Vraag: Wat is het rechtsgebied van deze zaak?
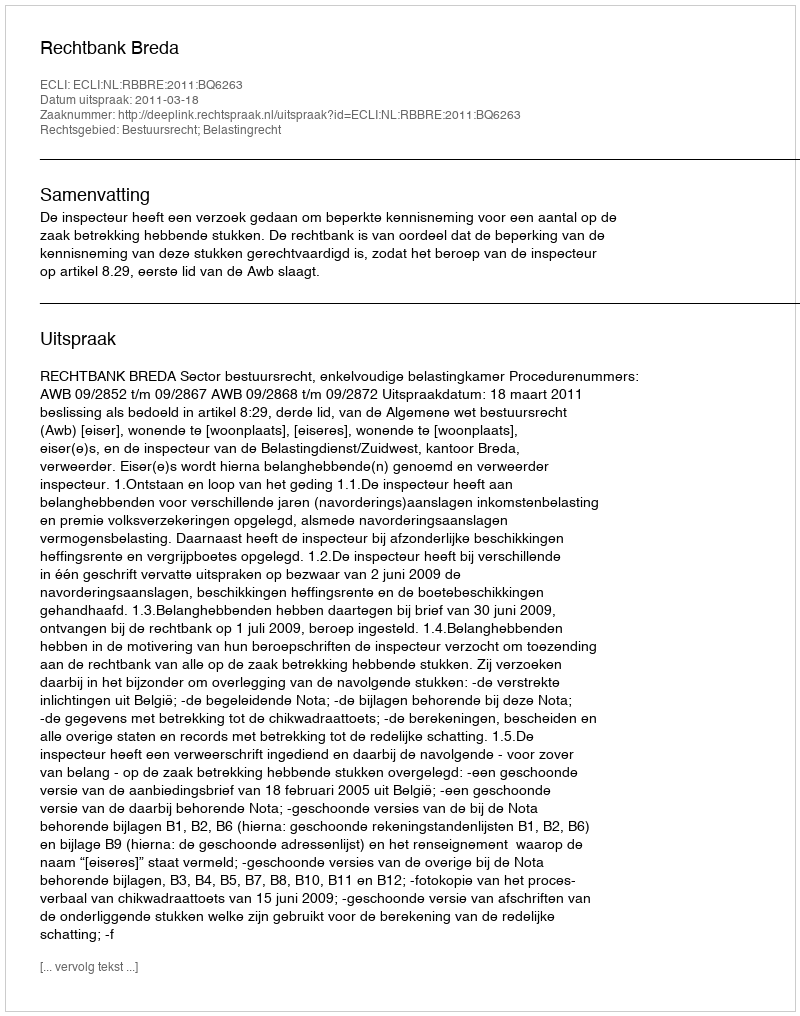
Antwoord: Bestuursrecht; Belastingrecht